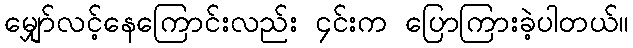
မျှော်လင့်နေကြောင်းလည်း ၄င်းက ပြောကြားခဲ့ပါတယ်။